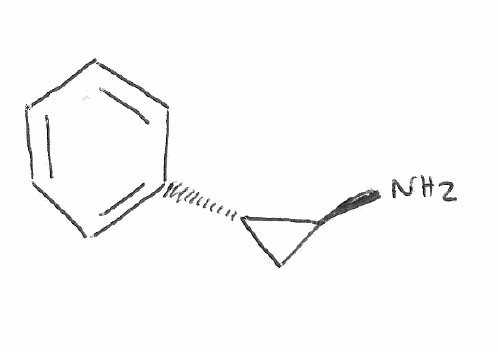
Simplified molecular-input line-entry system (SMILES) notation of the given molecule:
C1[C@@H]([C@H]1N)C2=CC=CC=C2